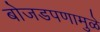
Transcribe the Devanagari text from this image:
बोजडपणामुळे